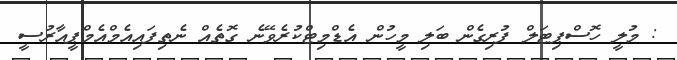
: މުލީ ހޮސްޕިޓަލް ފުރިގެން ބަލި މީހުން އެޑްމިޓްކުރެވޭނެ ގޮތެއް ނެތިފައިއެމްއެމްޕީއާރުސީ